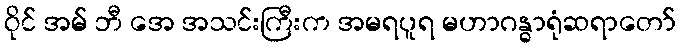
ဝိုင် အမ် ဘီ အေ အသင်းကြီးက အမရပူရ မဟာဂန္ဓာရုံဆရာတော်